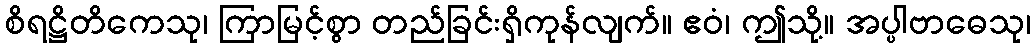
စိရဋ္ဌိတိကေသု၊ ကြာမြင့်စွာ တည်ခြင်းရှိကုန်လျက်။ ဧဝံ၊ ဤသို့။ အပ္ပါဗာဓေသု၊